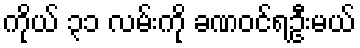
ကိုယ် ၃၁ လမ်းကို ခဏဝင်ရဦးမယ်